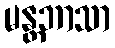
မန္တဘာသာ